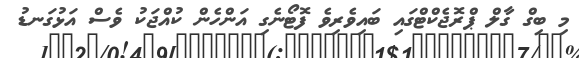
މި ބިގް ގާލް ޕްރޮޖެކްޓްގައި ބައިވެރިވެ ފޮޓޯނެގި އަންހެން ކުއްޖަކު ވެސް އަޅުގަނޑު